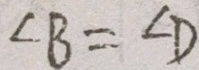
\angle B = \angle D